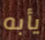
يأبه